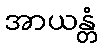
အာယန္တံ